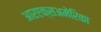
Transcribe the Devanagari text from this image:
आरएक्सअमेरिका